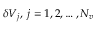
\delta V _ { j } , \; j = 1 , 2 , \ldots , N _ { v }